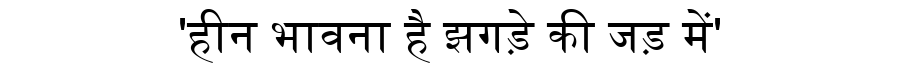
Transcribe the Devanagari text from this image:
'हीन भावना है झगड़े की जड़ में'